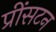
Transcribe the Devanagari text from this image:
प्रींसटन